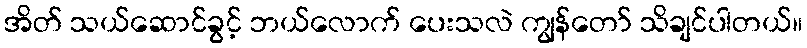
အိတ် သယ်ဆောင်ခွင့် ဘယ်လောက် ပေးသလဲ ကျွန်တော် သိချင်ပါတယ်။